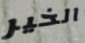
الخير